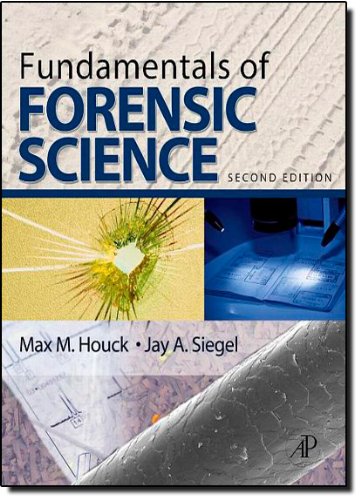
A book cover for Fundamentals of Forensic Science, Second Edition; Max M. Houck; Medical Books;